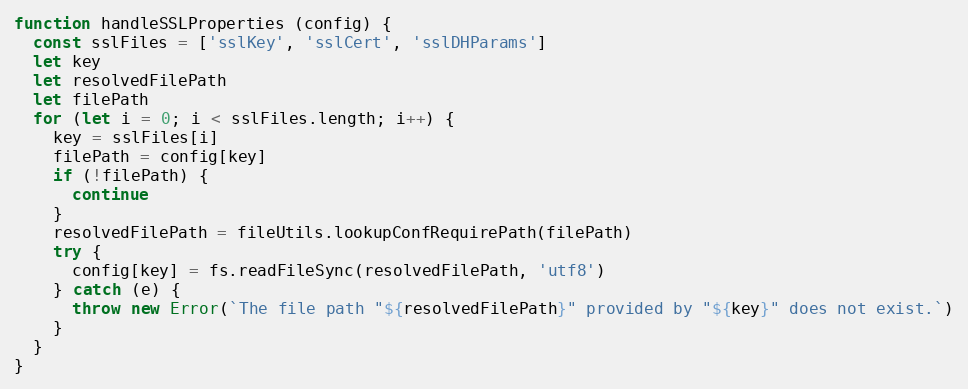
Language: JavaScript
function handleSSLProperties (config) {
  const sslFiles = ['sslKey', 'sslCert', 'sslDHParams']
  let key
  let resolvedFilePath
  let filePath
  for (let i = 0; i < sslFiles.length; i++) {
    key = sslFiles[i]
    filePath = config[key]
    if (!filePath) {
      continue
    }
    resolvedFilePath = fileUtils.lookupConfRequirePath(filePath)
    try {
      config[key] = fs.readFileSync(resolvedFilePath, 'utf8')
    } catch (e) {
      throw new Error(`The file path "${resolvedFilePath}" provided by "${key}" does not exist.`)
    }
  }
}